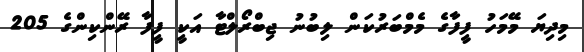
މިދިޔަ މޭމަހު ފީފާގެ މެމްބަރުކަން ލިބުނު ޖިބްރޯލްޓާ އަކީ ފީފާ ރޭންކިންގެ 205